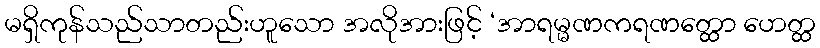
မရှိကုန်သည်သာတည်းဟူသော အလိုအားဖြင့် ‘အာရမ္မဏကရဏတ္ထော ဟေတ္ထ